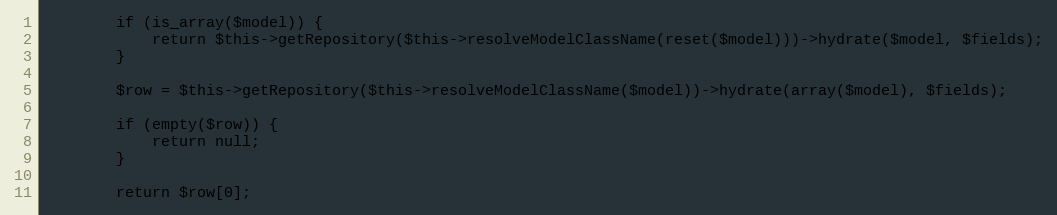
Language: PHP
        if (is_array($model)) {
            return $this->getRepository($this->resolveModelClassName(reset($model)))->hydrate($model, $fields);
        }

        $row = $this->getRepository($this->resolveModelClassName($model))->hydrate(array($model), $fields);

        if (empty($row)) {
            return null;
        }

        return $row[0];